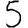
Digit: 5